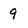
Character: 9